Annual report of the Imperial Bacteriologist
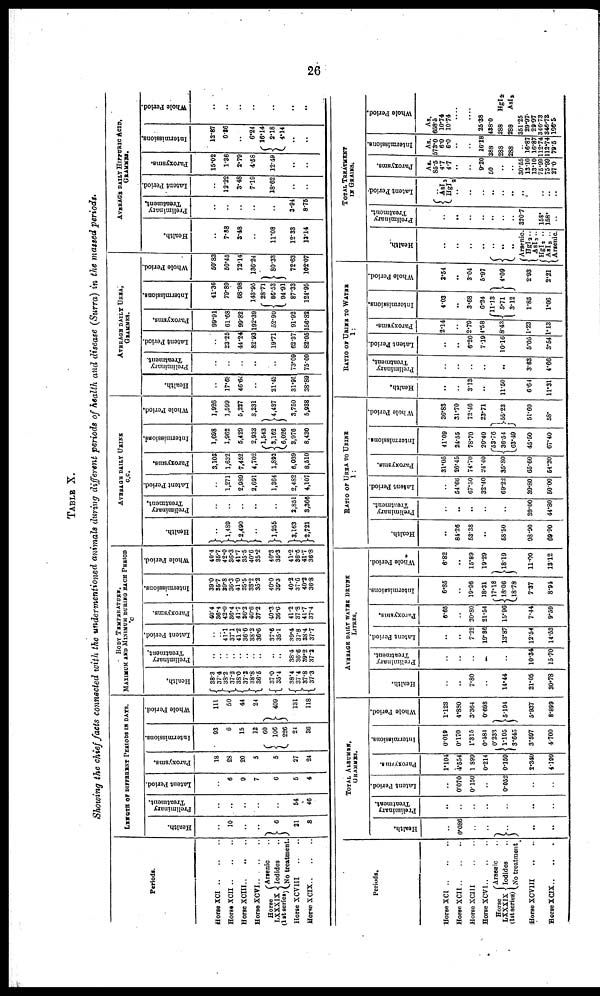
26
TABLE X.
Showing the chief facts connected with the undermentioned animals during different periods of health and disease (Surra) in the massed periods.
Periods.
HorseXCI
Horse XCII
HorseXCIII
HorseXCVI
Horse
Arrenic
..
LXXXIX { Iodides
(1st serise) No treatment.
Horse XCVIII
LENGTH OF DIFFERENT PERIODS IN DAYS.
Health.
...
10
...
...
}6
21
8
Preliminary
Treatment.
...
...
..
...
..
54
46
Latent Period.
...
6
9
7
6
5
4
Paroxysms.
18
28
20
5
5
27
24
Intermissions.
93
6
15
12
60
{ 106
226
24
36
Whole Period.
111
50
44
24
} 409
131
118
BODY TEMPERATURE.
MAXIMUM AND MINIMUM DURING EACH PERIOD
°c
Health.
{ 38.3
37.4
{ 38.2
37.2
{ 38.0
37.2
{ 38.8
36.5
{ 37.0
35.4
{38.4
37.4
{ 37.8
37.3
Preliminary
Treatment.
..
..
..
.. ..
.. ...
..
..
.. 38.4
36.6
39.2
37.2
Latent Period.
...
...
41.1
37.1
41.2
86.6
38.2
36.6
37.6
35.1
39.4
37.8
38.4
37.7
Paroxysms.
40.4
36.4
42.0
36.4
41.7
36.2
40.6
37.2
40.3
36.6
41.2
37.8
41.7
37.4
Intermissions.
39.0
35.7
39.8
36.3
41.0
35.5
38.2
35.2
40.0
35.3
40.2
37.6
40.2
36.8
Whole Period.
40.4
35.7
42.0
36.3
41.7
35.5
40.6
35.2
40.3
35.3
41.2
36.6
41.7
36.8
Health.
}...
} 1,489
}2,490
...
} 1,255
} 3,163
}2,721
AVERAGE DAILY URINE
C.C.
Preliminary
Treatment.
...
...
...
2,851
3,366
Latent Period.
1,271
2,989
2,691
1,364
2,482
4,107
Paroxysms.
3,103
1,632
7,452
4,702
1,892
6,039
8,510
Intermissions.
1,698
1,962
5,429
2,933
1,543
{ 3,162
6,026
3,976
8,430
Whole Period.
1,926
1,599
5,227
8,231
}4,437
3,750
5,938
Health.
...
17.68
46.64
....
21.42
31.95
38.89
AVERAGE DAILY UREA,
GRAMMES.
Preliminary
Treatment.
...
..
...
...
...
73.09
75.09
Latent Period.
23.25
44.24
82.93
19.71
62.37
82.05
Paroxysms.
99.91
61.68
99.82
192.39
52.90
91.92
156.82
Intermissions.
41.36
79.89
68.98
143.95
28.71
{ 86.53
94.91
87.33
124.95
Whole Period.
50.83
50.45
72.14
136.24
} 80.33
72.63
102.07
Health.
...
7.88
3.48
..
11.08
12.33
13.14
AVERAGE DAILY HIPPURIC ACID,
GRAMMES.
Preliminary
Treatment.
...
...
...
...
..
3.94
8.75
Latent Period.
...
12.22
3.48
7.19
18.62
..
...
Paroxysms.
15.02
1.36
2.79
4.58
12.49
..
.
Intermissions.
12.87
0.36
..
6.24
16.14
{ 2.18
4.14
..
..
Whole Period.
...
...
...
...
..
...
..
...
Periods.
Horse XCI
Horse XCIII
Horse XCVI
Horse
Arseric
..
LXXXIX {Iodides
1st series No treatment
Horse XCIX
Health.
0.086
..
..
}..
..
Preliminary
Treatment.
..
..
..
...
TOTAL ALBUMEN,
GRAMMES.
Latent Period.
0.070
0.150
0.052
...
Paroxysms.
1.104
4.554
1.899
0.214
0.159
2.340
4.199
Intermissions.
0.019
0.170
1.315
0.484
0.233
{ 1.105
3.645
3.597
4.700
Whole Period.
1.123
4.880
3.364
0.698
}5.194
5.937
8.899
Health.
7.80
..
14.44
21.05
30.78
AVERAGE DAILY WATER DRUNK
LITRES.
Preliminary
Treatment.
...
...
10.34
15.70
Latent Period.
7.22
19.36
13.87
12.54
14.53
Paroxysms.
6.65
20.80
21.54
15.96
7.44
9.59
Intormissions.
6.85
..
19.96
18.31
17.18
{18.06
18.78
7.37
8.94
Whole Period.
6.82
..
15.89
19.29
}18.19
11.00
13.12
Health.
84.26
53.38
..
58.50
98.90
69.90
RATIO OF UREA TO URINE
1:
Preliminary
Treatment.
..
..
...
39.00
44.80
Latent Period.
54.66
67.50
32.40
69.22
39.80
50.00
Paroxysms.
31.05
26.45
74.70
24.40
35.80
65.60
54.20
Intermissions.
41.09
24.55
78.70
20.40
53.76
{ 36.54
63.49
45.50
67.40
Whole Period,
36.83
31.70
72.46
23.71
}55.23
51.60
58.
Health.
..
..
3.13
..
11.50
6.64
11.31
RATIO OF URINE TO WATER
1:
Preliminary
Treatment.
..
..
..
..
..
3.63
4.66
Latent Period.
..
..
6.20
7.19
10.16
5.05
3.64
Paroxysms.
2.14
2.79
4.58
8.43
1.23
1.13
Intermissions.
4.03
3.68
6.24
11.13
{ 5.71
3.12
1.85
1.06
Whole Period.
3.54
..
3.04
5.97
} 4.09
2.93
2.21
Health.
..
..
..
{ ..
..
{Arsenic.
HgI 2
AgI 3 .
{HgI 2 ..
AsI 3 ..
Arsenic.
Preliminary
Treatment.
320.7
158.
158.
..
TOTAL TREATMENT
IN GRAINS.
Latent Period
..
{ AsI 3
HgI 2
.. ..
..
..
..
..
...
...
... ..
..
...
Paroxysms
As.
85.5
4.7
4.7
..
9.20
50
..
30.55
13.10
13.10
75.99
75.99
27.0
Intermissions.
As.
573.0
6.0
6.0
..
16.18
388
288
288
..
16.87
16.87
112.74
112.74
79.5
Whole Period.
As.
658.5
10.74
10.74
....
25.38
438.0
288
HgI 2
288
AsI 3
351.25
29.97.
29.97
346.73
346.73.
106.5